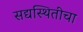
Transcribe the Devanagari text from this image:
सद्यस्थितीचा